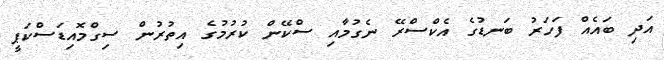
އަދި ބައެއް ފަހަރު ބަނޑުގެ އެކްސްރޭ ނެގުމާއި ސްކޭން ކުރުމުގެ އިތުރުން ސިގްމޮއިޑަސްކަޕީ